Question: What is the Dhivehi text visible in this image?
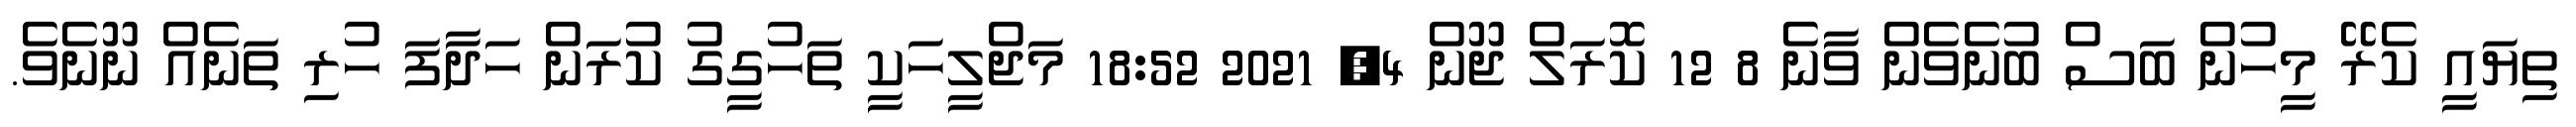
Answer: ތިޔައީ ކެރޭ މީހުން ބަސް ބުނެވެން ވާނެ 8 12 ކޮރަލް ޖޫން 4, 2021 18:52 މަޖްލީހަކީ ތަހުގީގު ކުރަން ހަދާފަ ހުރި ތަނެއް ނޫނެވެ.